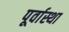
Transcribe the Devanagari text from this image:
पूर्वास्था